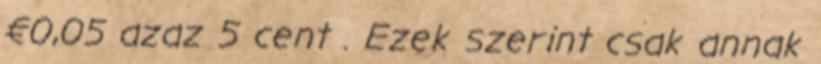
€0,05 azaz 5 cent . Ezek szerint csak annak